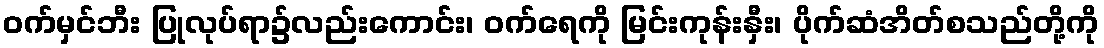
ဝက်မှင်ဘီး ပြုလုပ်ရာ၌လည်းကောင်း၊ ဝက်ရေကို မြင်းကုန်းနှီး၊ ပိုက်ဆံအိတ်စသည်တို့ကို